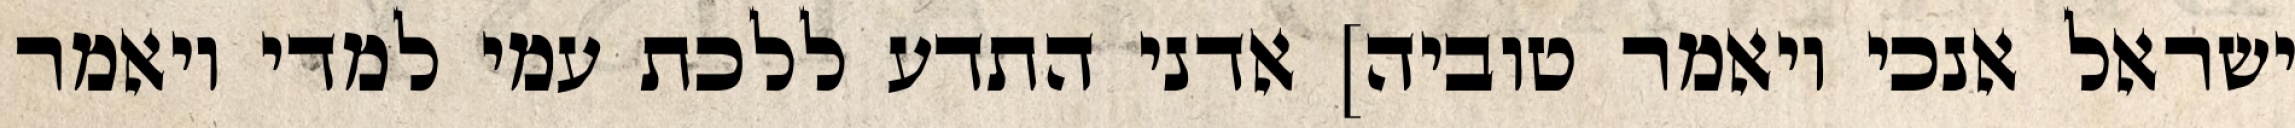
ישראל אנכי ויאמר טוביה] אדני התדע ללכת עמי למדי ויאמר